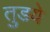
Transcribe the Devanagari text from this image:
तुडये